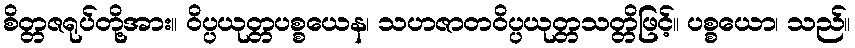
စိတ္တဇရုပ်တို့အား။ ဝိပ္ပယုတ္တပစ္စယေန၊ သဟဇာတဝိပ္ပယုတ္တသတ္တိဖြင့်။ ပစ္စယော၊ သည်။